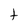
Character: t